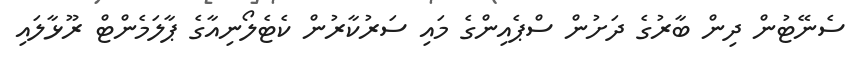
ސެނޭޓުން ދިން ބާރުގެ ދަށުން ސްޕެއިންގެ މައި ސަރުކާރުން ކެޓެލޯނިއާގެ ޕާލަމެންޓް ރޫޅާލައި